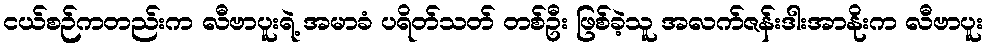
ငယ်စဉ်ကတည်းက လီဗာပူးရဲ့ အမာခံ ပရိတ်သတ် တစ်ဦး ဖြစ်ခဲ့သူ အလက်ဇန်းဒါးအာနိုးက လီဗာပူး